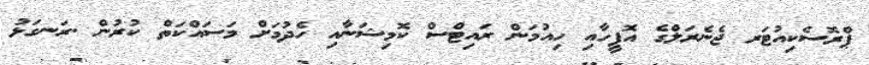
ޕްރޮސެކިއުޓަރ ޖެނެރަލްގެ އޮފީހާއި ހިއުމަން ރައިޓްސް ކޮމިޝަނާއި ހެދުމަށް މަސައްކަތް ކުރުން .ރަނގަޅު